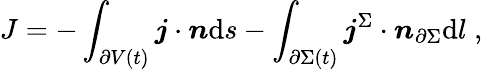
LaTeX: J=-\int_{\partial V(t)}\boldsymbol{j}\cdot\boldsymbol{n}\mathrm{d}s-\int_{\partial\Sigma(t)}\boldsymbol{j}^{\Sigma}\cdot\boldsymbol{n}_{\partial\Sigma}\mathrm{d}l\; ,